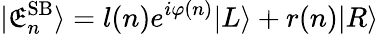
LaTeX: |\mathfrak{E}_{n}^{\mathrm{{SB}}}\rangle=l(n)e^{i\varphi(n)}|L\rangle+r(n)|R\rangle